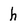
Character: h